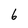
Character: 6